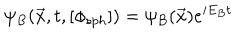
\psi _ { B } ( { \vec { x } } , t , [ \phi _ { s p h } ] ) = \psi _ { B } ( \vec { x } ) e ^ { i E _ { B } t }